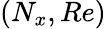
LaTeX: (N_{x},Re)